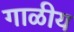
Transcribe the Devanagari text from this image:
गाळीय